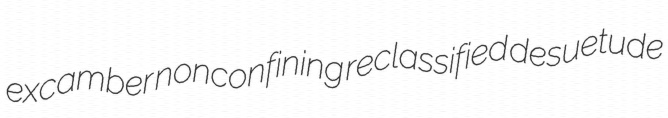
excamber nonconfining reclassified desuetude